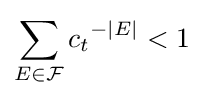
\sum _{E\in {\mathcal {F}}}{c_{t}}^{-|E|}<1